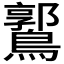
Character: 𪅪